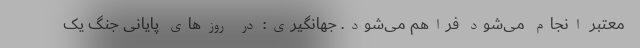
معتبر انجام می‌شود فراهم می‌شود. جهانگیری: در روزهای پایانی جنگ یک